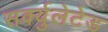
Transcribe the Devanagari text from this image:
सर्क्युलेटेड